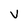
Character: V